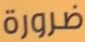
ضرورة